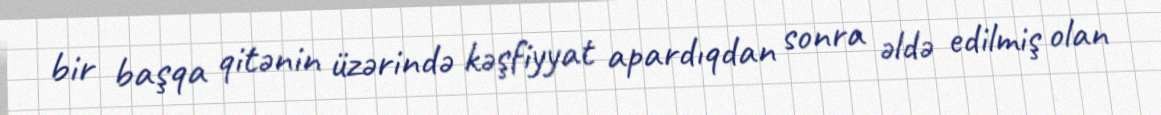
bir başqa qitənin üzərində kəşfiyyat apardıqdan sonra əldə edilmiş olan